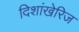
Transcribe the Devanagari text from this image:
दिशांखेरिज